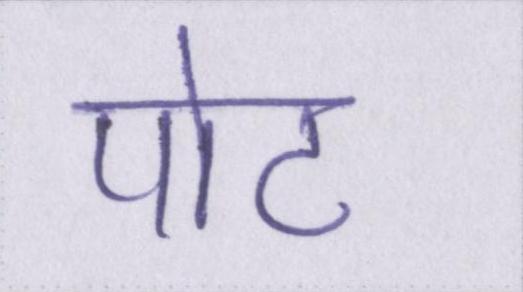
पोट